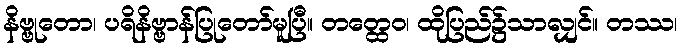
နိဗ္ဗုတော၊ ပရိနိဗ္ဗာန်ပြုတော်မူပြီ။ တတ္ထေဝ၊ ထိုပြည်၌သာလျှင်။ တဿ၊